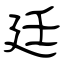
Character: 廷